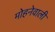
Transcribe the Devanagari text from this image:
मोहनेवाली